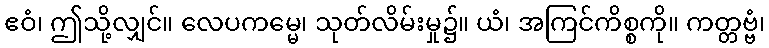
ဧဝံ၊ ဤသို့လျှင်။ လေပကမ္မေ၊ သုတ်လိမ်းမှု၌။ ယံ၊ အကြင်ကိစ္စကို။ ကတ္တဗ္ဗံ၊